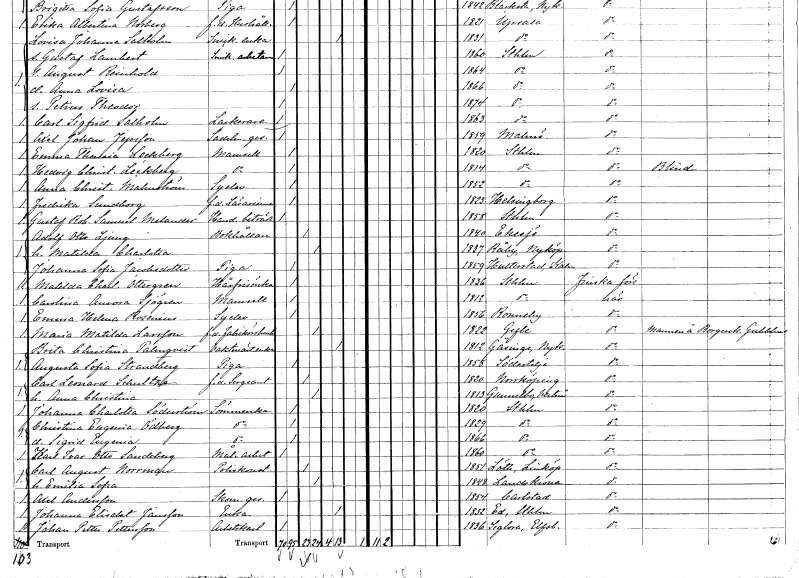
gt_parse: households: individuals: FN: Fredrika
EN: Sundborg
YRKE: Lärarinna f.d.
KON: K
CIV: O
FODAR: 1823
FODFORS: Helsingborg Malmöhus län
FN: Gustaf Robert Samuel
EN: Melander
YRKE: Handelsbiträde
KON: M
CIV: O
FODAR: 1858
FODFORS: Stockholm
FN: Adolf Otto
EN: Ljung
YRKE: Bokhållare
KON: M
CIV: G
FODAR: 1840
FODFORS: Eksjö Jönköpings län
FN: Matilda Charlotta
KON: K
CIV: G
FODAR: 1837
FODFORS: Råby Södermanlands län
FN: Johanna Sofia
EN: Jacobsdotter
YRKE: Piga
KON: K
CIV: O
FODAR: 1859
FODFORS: Hulterstad Kalmar län
FN: Matilda Charlotta
EN: Ottergren
YRKE: Hårfrisörska
KON: K
CIV: O
FODAR: 1836
FODFORS: Stockholm
FN: Carolina Aurora
EN: Sjögren
KON: K
CIV: O
FODAR: 1812
FODFORS: Stockholm
FN: Emma Helena
EN: Rosenius
YRKE: Syelev
KON: K
CIV: O
FODAR: 1856
FODFORS: Ronneby Blekinge län
FN: Maria Matilda
EN: Larsson
YRKE: Fabrikörshustru
KON: K
CIV: G
FODAR: 1822
FODFORS: Gävle Gävleborgs län
FN: Brita Christina
EN: Palmqvist
YRKE: Vaktmästareänka
KON: K
CIV: E
FODAR: 1812
FODFORS: Gåsinge Södermanlands län
FN: Augusta Sofia
EN: Strandberg
YRKE: Piga
KON: K
CIV: O
FODAR: 1858
FODFORS: Södertälje Stockholms län
FN: Carl Leonard
EN: Schultze
YRKE: Sergeant f.d.
KON: M
CIV: G
FODAR: 1820
FODFORS: Norrköping Östergötlands län
FN: Anna Christina
KON: K
CIV: G
FODAR: 1813
FODFORS: Gunnilbo Västmanlands län
FN: Johanna Charlotta
EN: Söderström
YRKE: Sömmerska
KON: K
CIV: O
FODAR: 1820
FODFORS: Stockholm
FN: Christina Eugenia
EN: Ödberg
YRKE: Sömmerska
KON: K
CIV: O
FODAR: 1829
FODFORS: Stockholm
FN: Sigrid Eugenia
YRKE: Sömmerska
KON: K
CIV: O
FODAR: 1866
FODFORS: Stockholm
FN: Karl Ivar Otto
EN: Sandeberg
YRKE: Måleriarbetare
KON: M
CIV: O
FODAR: 1860
FODFORS: Stockholm
FN: Carl August
EN: Norrman
YRKE: Poliskonstapel
KON: M
CIV: G
FODAR: 1851
FODFORS: Löt Östergötlands län
FN: Emilia Sofia
KON: K
CIV: G
FODAR: 1848
FODFORS: Landskrona Malmöhus län
FN: Axel
EN: Andersson
YRKE: Skomakaregesäll
KON: M
CIV: O
FODAR: 1854
FODFORS: Karlstad Värmlands län
FN: Johanna Elisabet
EN: Jansson
YRKE: Änka
KON: K
CIV: E
FODAR: 1832
FODFORS: Ed Stockholms län
FN: Johan Petter
EN: Pettersson
YRKE: Arbetskarl
KON: M
CIV: O
FODAR: 1836
FODFORS: Seglora Älvsborgs län